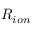
R _ { i o n }